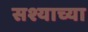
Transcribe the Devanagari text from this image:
सश्याच्या